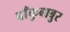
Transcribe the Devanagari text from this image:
बाँकुबाबुर